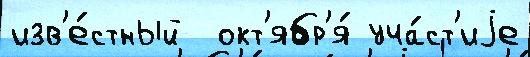
изв'е́стный  окт'ябр'я́ уча́ст'иjе